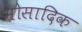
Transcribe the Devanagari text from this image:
मोसादिक